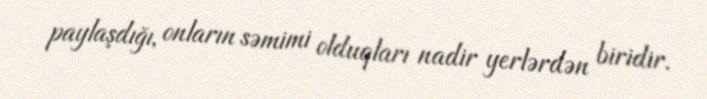
paylaşdığı, onların səmimi olduqları nadir yerlərdən biridir.